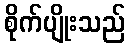
စိုက်ပျိုးသည်